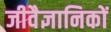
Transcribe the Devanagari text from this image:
जीवैज्ञानिकों